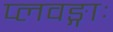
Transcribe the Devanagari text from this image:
प्लवङ्गाः